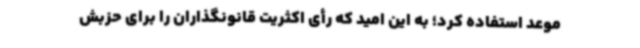
موعد استفاده کرد؛ به این امید که رأی اکثریت قانونگذاران را برای حزبش